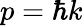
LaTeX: p=\hbar k